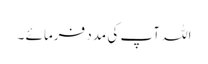
اللہ آپ کی مدد فرمائے ۔